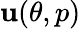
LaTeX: \mathbf{u}(\theta,p)